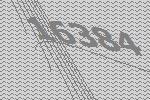
16384